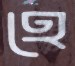
হে